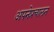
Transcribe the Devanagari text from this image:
अपनेप्रचालन